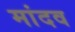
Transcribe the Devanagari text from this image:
मांदव